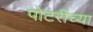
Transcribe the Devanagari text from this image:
पोटरीच्या